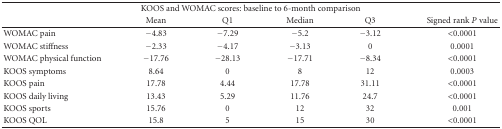
| <COLSPAN=6> KOOS and WOMAC scores: baseline to 6-month comparison |
 |  | Mean | Q1 | Median | Q3 | Signed rank P value |
 | --- | --- | --- | --- | --- | --- |
 | WOMAC pain | −4.83 | −7.29 | −5.2 | −3.12 | <0.0001 |
 | WOMAC stiffness | −2.33 | −4.17 | −3.13 | 0 | 0.0001 |
 | WOMAC physical function | −17.76 | −28.13 | −17.71 | −8.34 | <0.0001 |
 | KOOS symptoms | 8.64 | 0 | 8 | 12 | 0.0003 |
 | KOOS pain | 17.78 | 4.44 | 17.78 | 31.11 | <0.0001 |
 | KOOS daily living | 13.43 | 5.29 | 11.76 | 24.7 | <0.0001 |
 | KOOS sports | 15.76 | 0 | 12 | 32 | 0.001 |
 | KOOS QOL | 15.8 | 5 | 15 | 30 | <0.0001 |